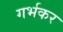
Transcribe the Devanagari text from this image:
गर्भकर